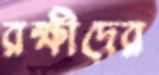
রক্ষীদের